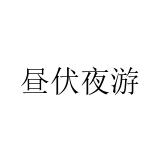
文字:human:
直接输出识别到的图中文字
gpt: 昼伏夜游